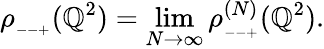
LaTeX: \rho_{_{--+}}(\mathbb{Q}^{2})=\operatorname*{lim}_{N\rightarrow\infty}\rho_{_{--+}}^{(N)}(\mathbb{Q}^{2}).